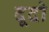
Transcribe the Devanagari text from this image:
दूदो